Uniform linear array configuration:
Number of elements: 48
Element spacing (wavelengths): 0.25
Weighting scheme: binomial
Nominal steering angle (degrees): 15
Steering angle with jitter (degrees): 13.296
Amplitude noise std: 0.05
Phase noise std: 0.05

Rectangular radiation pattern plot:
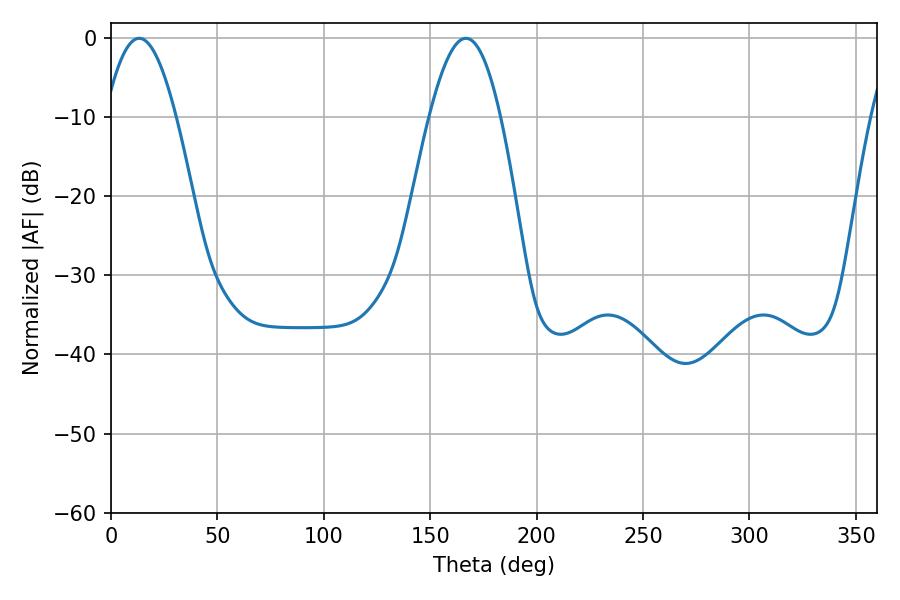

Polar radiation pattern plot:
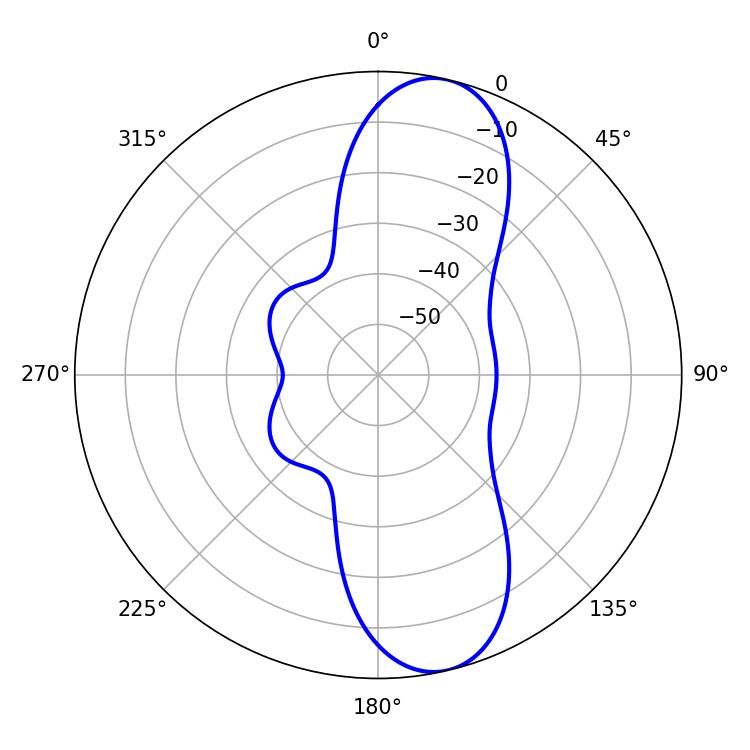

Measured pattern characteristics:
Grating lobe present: FALSE
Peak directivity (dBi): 10.967
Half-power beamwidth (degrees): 18.18
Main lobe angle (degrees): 13.32